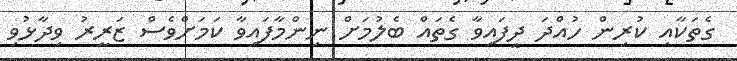
ގެތަކާއި ކުރިން ހުއްދަ ދީފައިވާ ގެތައް ބެލުމަށް ނިންމާފައިވާ ކަމަށްވެސް ޒަރީރު ވިދާޅުވި